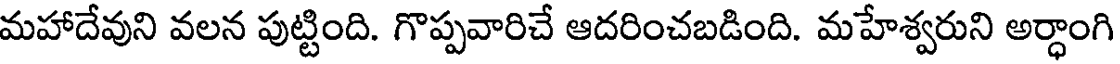
మహాదేవుని వలన పుట్టింది. గొప్పవారిచే ఆదరించబడింది. మహేశ్వరుని అర్ధాంగి